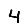
Digit: 4